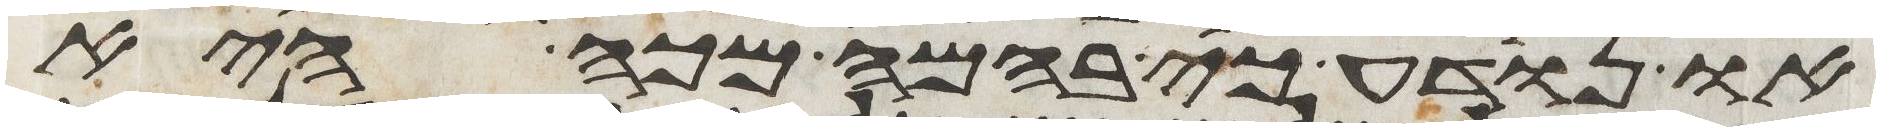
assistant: או נודע כי בהמה מכה היא